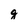
Character: g